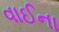
વાઈના